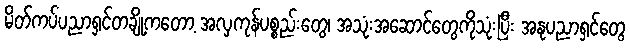
မိတ်ကပ်ပညာရှင်တချို့ကတော့ အလှကုန်ပစ္စည်းတွေ၊ အသုံးအဆောင်တွေကိုသုံးပြီး အနုပညာရှင်တွေ